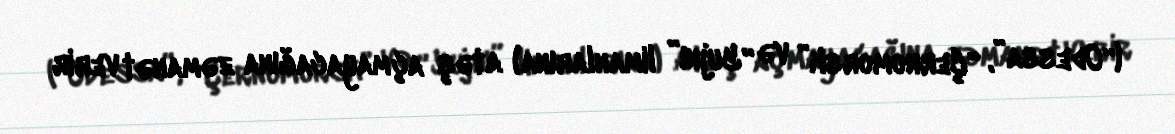
(“Odessa”, “Çernomorsk” və “Yujnı” limanlarına) atəş açmayacağına zəmanət verir